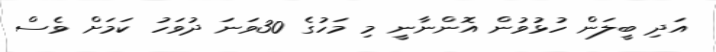
އަދި ބީލަން ހުޅުވުން އޮންނާނީ މި މަހުގެ 30ވަނަ ދުވަހު ކަމަށް ވެސް